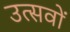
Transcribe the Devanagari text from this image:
उत्सवों